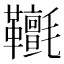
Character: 𩎄